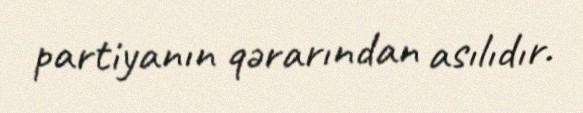
partiyanın qərarından asılıdır.